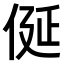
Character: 𠈰